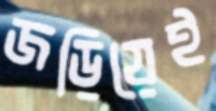
জড়িয়েই